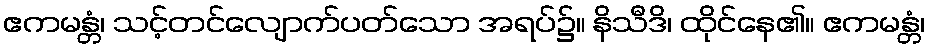
ဧကမန္တံ၊ သင့်တင်လျောက်ပတ်သော အရပ်၌။ နိသီဒိ၊ ထိုင်နေ၏။ ဧကမန္တံ၊